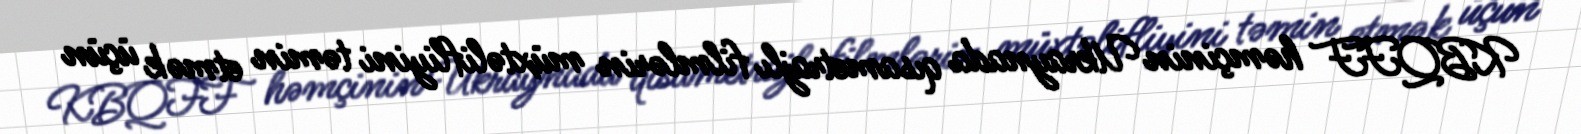
KBQFF həmçinin Ukraynada qısametrajlı filmlərin müxtəlifliyini təmin etmək üçün